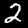
Digit: 2